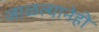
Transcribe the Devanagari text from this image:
जाळल्यानेही